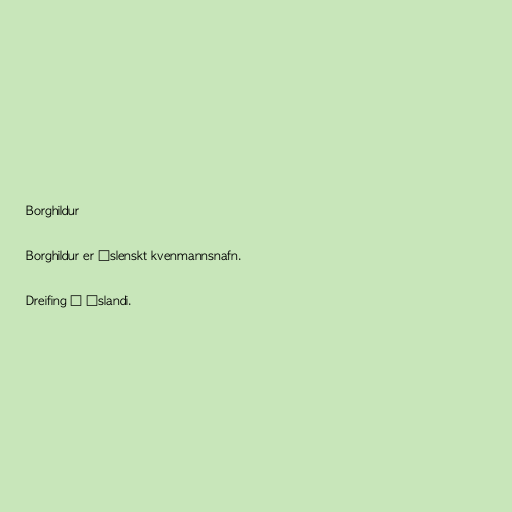
Borghildur

Borghildur er íslenskt kvenmannsnafn.

Dreifing á Íslandi.